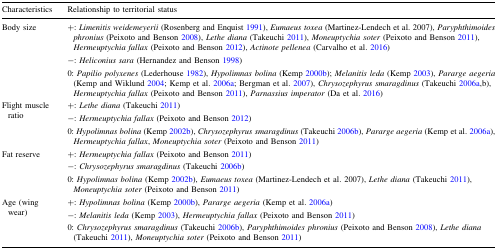
<table><thead><tr><td><b>Characteristics</b></td><td><b>Relationship to territorial status</b></td></tr></thead><tbody><tr><td>Body size</td><td>+: <i>Limenitis weidemeyerii</i> (Rosenberg and Enquist 1991), <i>Eumaeus toxea</i> (Martinez-Lendech et al. 2007), <i>Paryphthimoides phronius</i> (Peixoto and Benson 2008), <i>Lethe diana</i> (Takeuchi 2011), <i>Moneuptychia soter</i> (Peixoto and Benson 2011), <i>Hermeuptychia fallax</i> (Peixoto and Benson 2012), <i>Actinote pellenea</i> (Carvalho et al. 2016)−: <i>Heliconius sara</i> (Hernandez and Benson 1998)0: <i>Papilio polyxenes</i> (Lederhouse 1982), <i>Hypolimnas bolina</i> (Kemp 2000b); <i>Melanitis leda</i> (Kemp 2003), <i>Pararge aegeria</i> (Kemp and Wiklund 2004; Kemp et al. 2006a; Bergman et al. 2007), <i>Chrysozephyrus smaragdinus</i> (Takeuchi 2006a,b), <i>Hermeuptychia fallax</i> (Peixoto and Benson 2011), <i>Parnassius imperator</i> (Da et al. 2016)</td></tr><tr><td>Flight muscle ratio</td><td>+: <i>Lethe diana</i> (Takeuchi 2011)−: <i>Hermeuptychia fallax</i> (Peixoto and Benson 2012)0: <i>Hypolimnas bolina</i> (Kemp 2002b), <i>Chrysozephyrus smaragdinus</i> (Takeuchi 2006b), <i>Pararge aegeria</i> (Kemp et al. 2006a), <i>Hermeuptychia fallax</i>, <i>Moneuptychia soter</i> (Peixoto and Benson 2011)</td></tr><tr><td>Fat reserve</td><td>+: <i>Hermeuptychia fallax</i> (Peixoto and Benson 2011)−: <i>Chrysozephyrus smaragdinus</i> (Takeuchi 2006b)0: <i>Hypolimnas bolina</i> (Kemp 2002b), <i>Eumaeus toxea</i> (Martinez-Lendech et al. 2007), <i>Lethe diana</i> (Takeuchi 2011), <i>Moneuptychia soter</i> (Peixoto and Benson 2011)</td></tr><tr><td>Age (wing wear)</td><td>+: <i>Hypolimnas bolina</i> (Kemp 2000b), <i>Pararge aegeria</i> (Kemp et al. 2006a)−: <i>Melanitis leda</i> (Kemp 2003), <i>Hermeuptychia fallax</i> (Peixoto and Benson 2011)0: <i>Chrysozephyrus smaragdinus</i> (Takeuchi 2006b), <i>Paryphthimoides phronius</i> (Peixoto and Benson 2008), <i>Lethe diana</i> (Takeuchi 2011), <i>Moneuptychia soter</i> (Peixoto and Benson 2011)</td></tr></tbody></table>